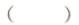
( )